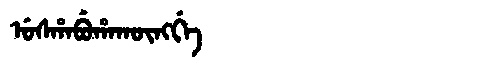
Manchu: ᡠᠰᡥᠠᠪᡠᡥᠠᡴᡡᠩᡤᡝ
Romanization: USHABUHAKŪNGGE